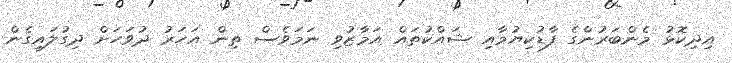
އިދިކޮޅު މެންބަރުންގެ ފާޑުކިޔުމާއި ޝައްކުތައް އަމާޒުވި ނަމަވެސް ތިން އަހަރު ދުވަހަށް ދިގުލައިގެން